Juri_Uluots, lk 55
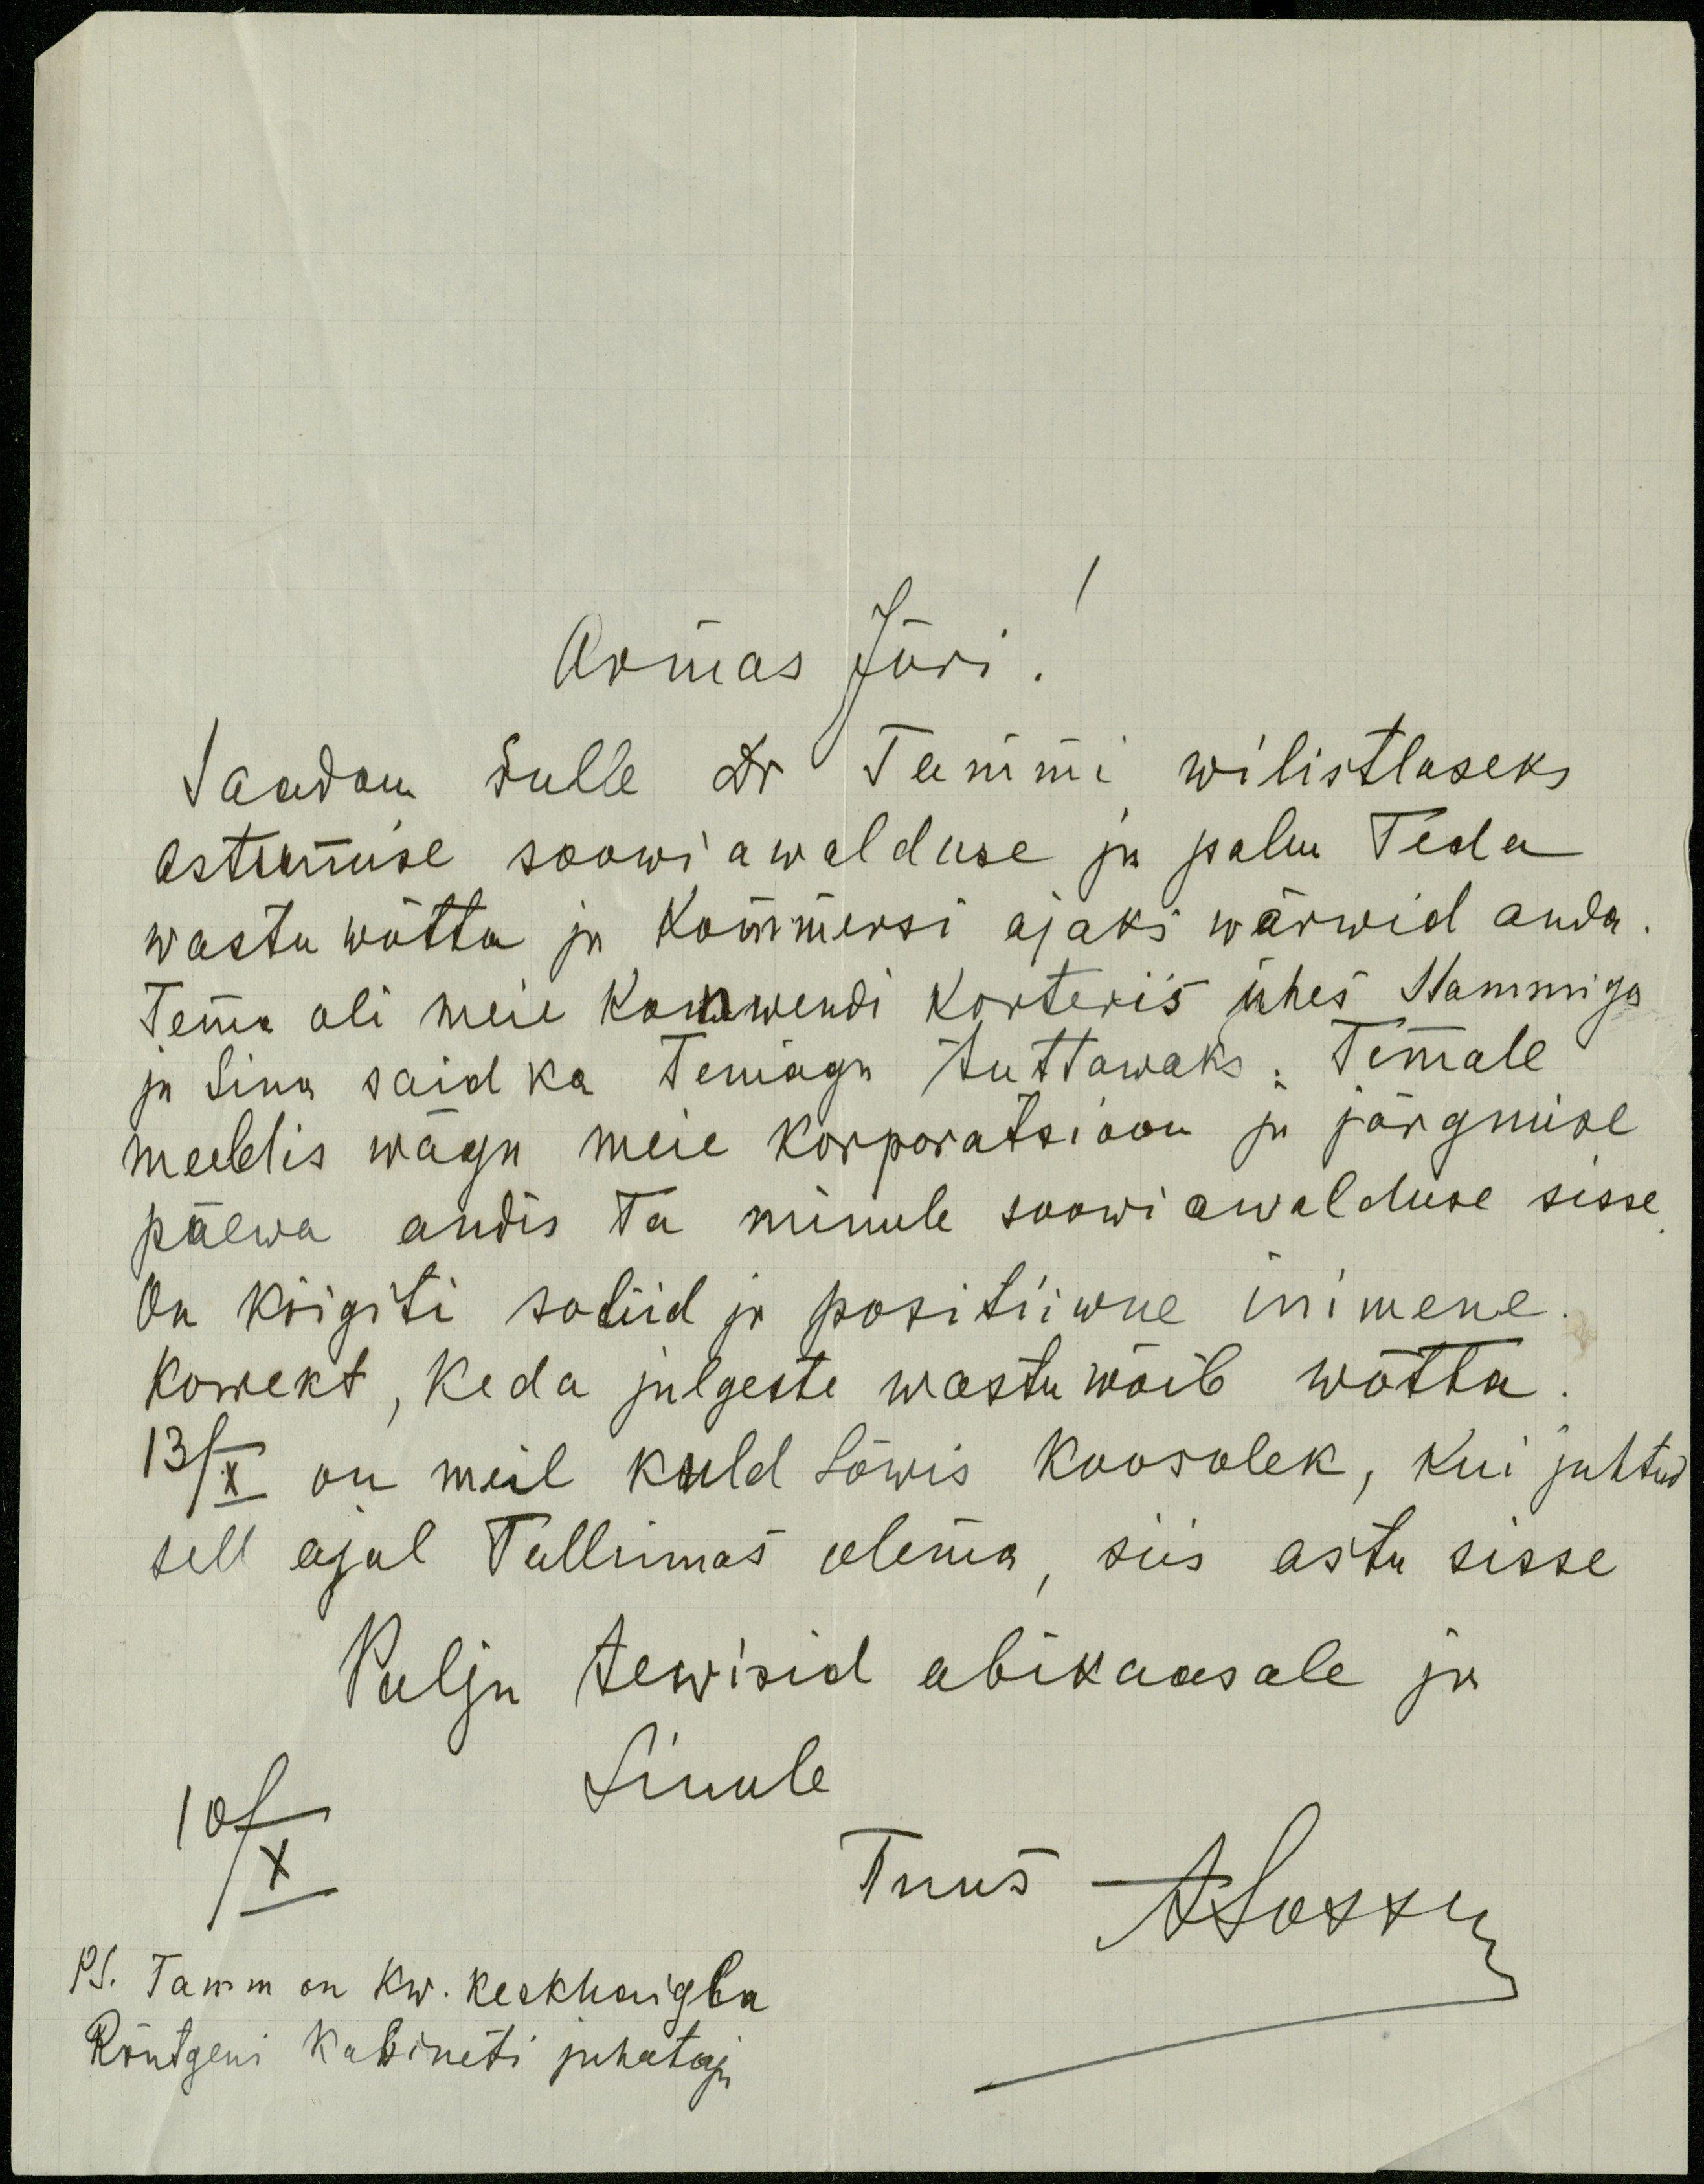
Armas Jüri!
Saadan sulle dr Tammi wilistlaseks
astumise soowi awalduse ju palun Teda
wastu wõtta ja kommersi ajaks wärwid anda.
Tema oli meie konwendi korteris ühes Stammiga
ja Sina said ka temaga tuttawaks. Temale
meeldis wäga meie korporatsioon ja järgmise
päewa andis Ta minule soowi awalduse sisse
On kõigiti soliid ja positiiwne inimene
Korrekt, keda julgeste wastu wõib wõtta
13/X on meil kuld Lõwis koosolek, kui juhtud
sell ajal Tallinnas olema, siis astu sisse
Palju tervisid abikaasale ja
10/X
Sinule
Tuus Apostri
PS. Tamm on Kw. Keskhaigla
Röntgeni kabineti juhataja